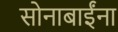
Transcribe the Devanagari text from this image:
सोनाबाईंना